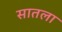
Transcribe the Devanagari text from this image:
सातला